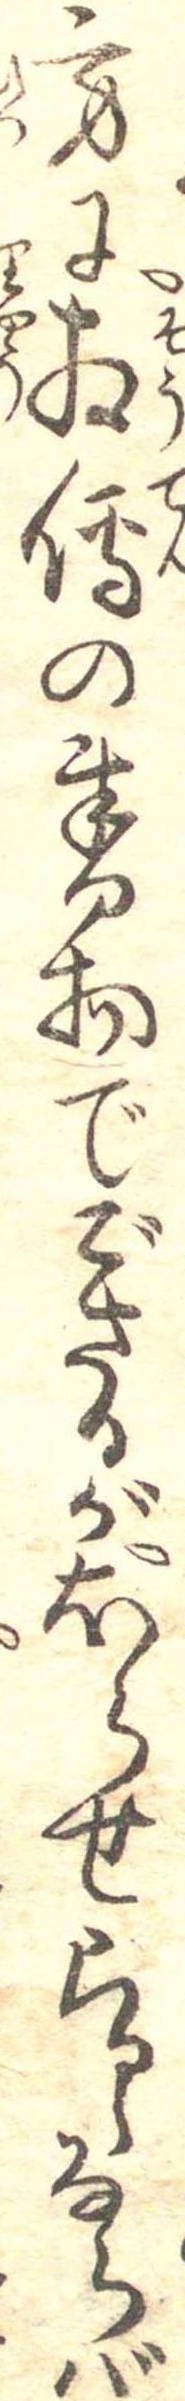
方に相伝の書物でごさるがほらせらるゝならば